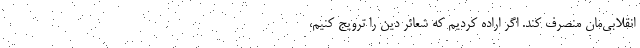
انقلابی‌مان منصرف کند. اگر اراده کردیم که شعائر دین را ترویج کنیم،